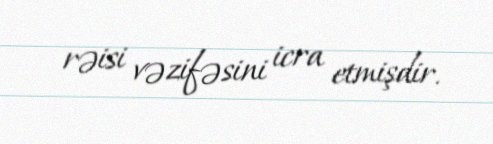
rəisi vəzifəsini icra etmişdir.